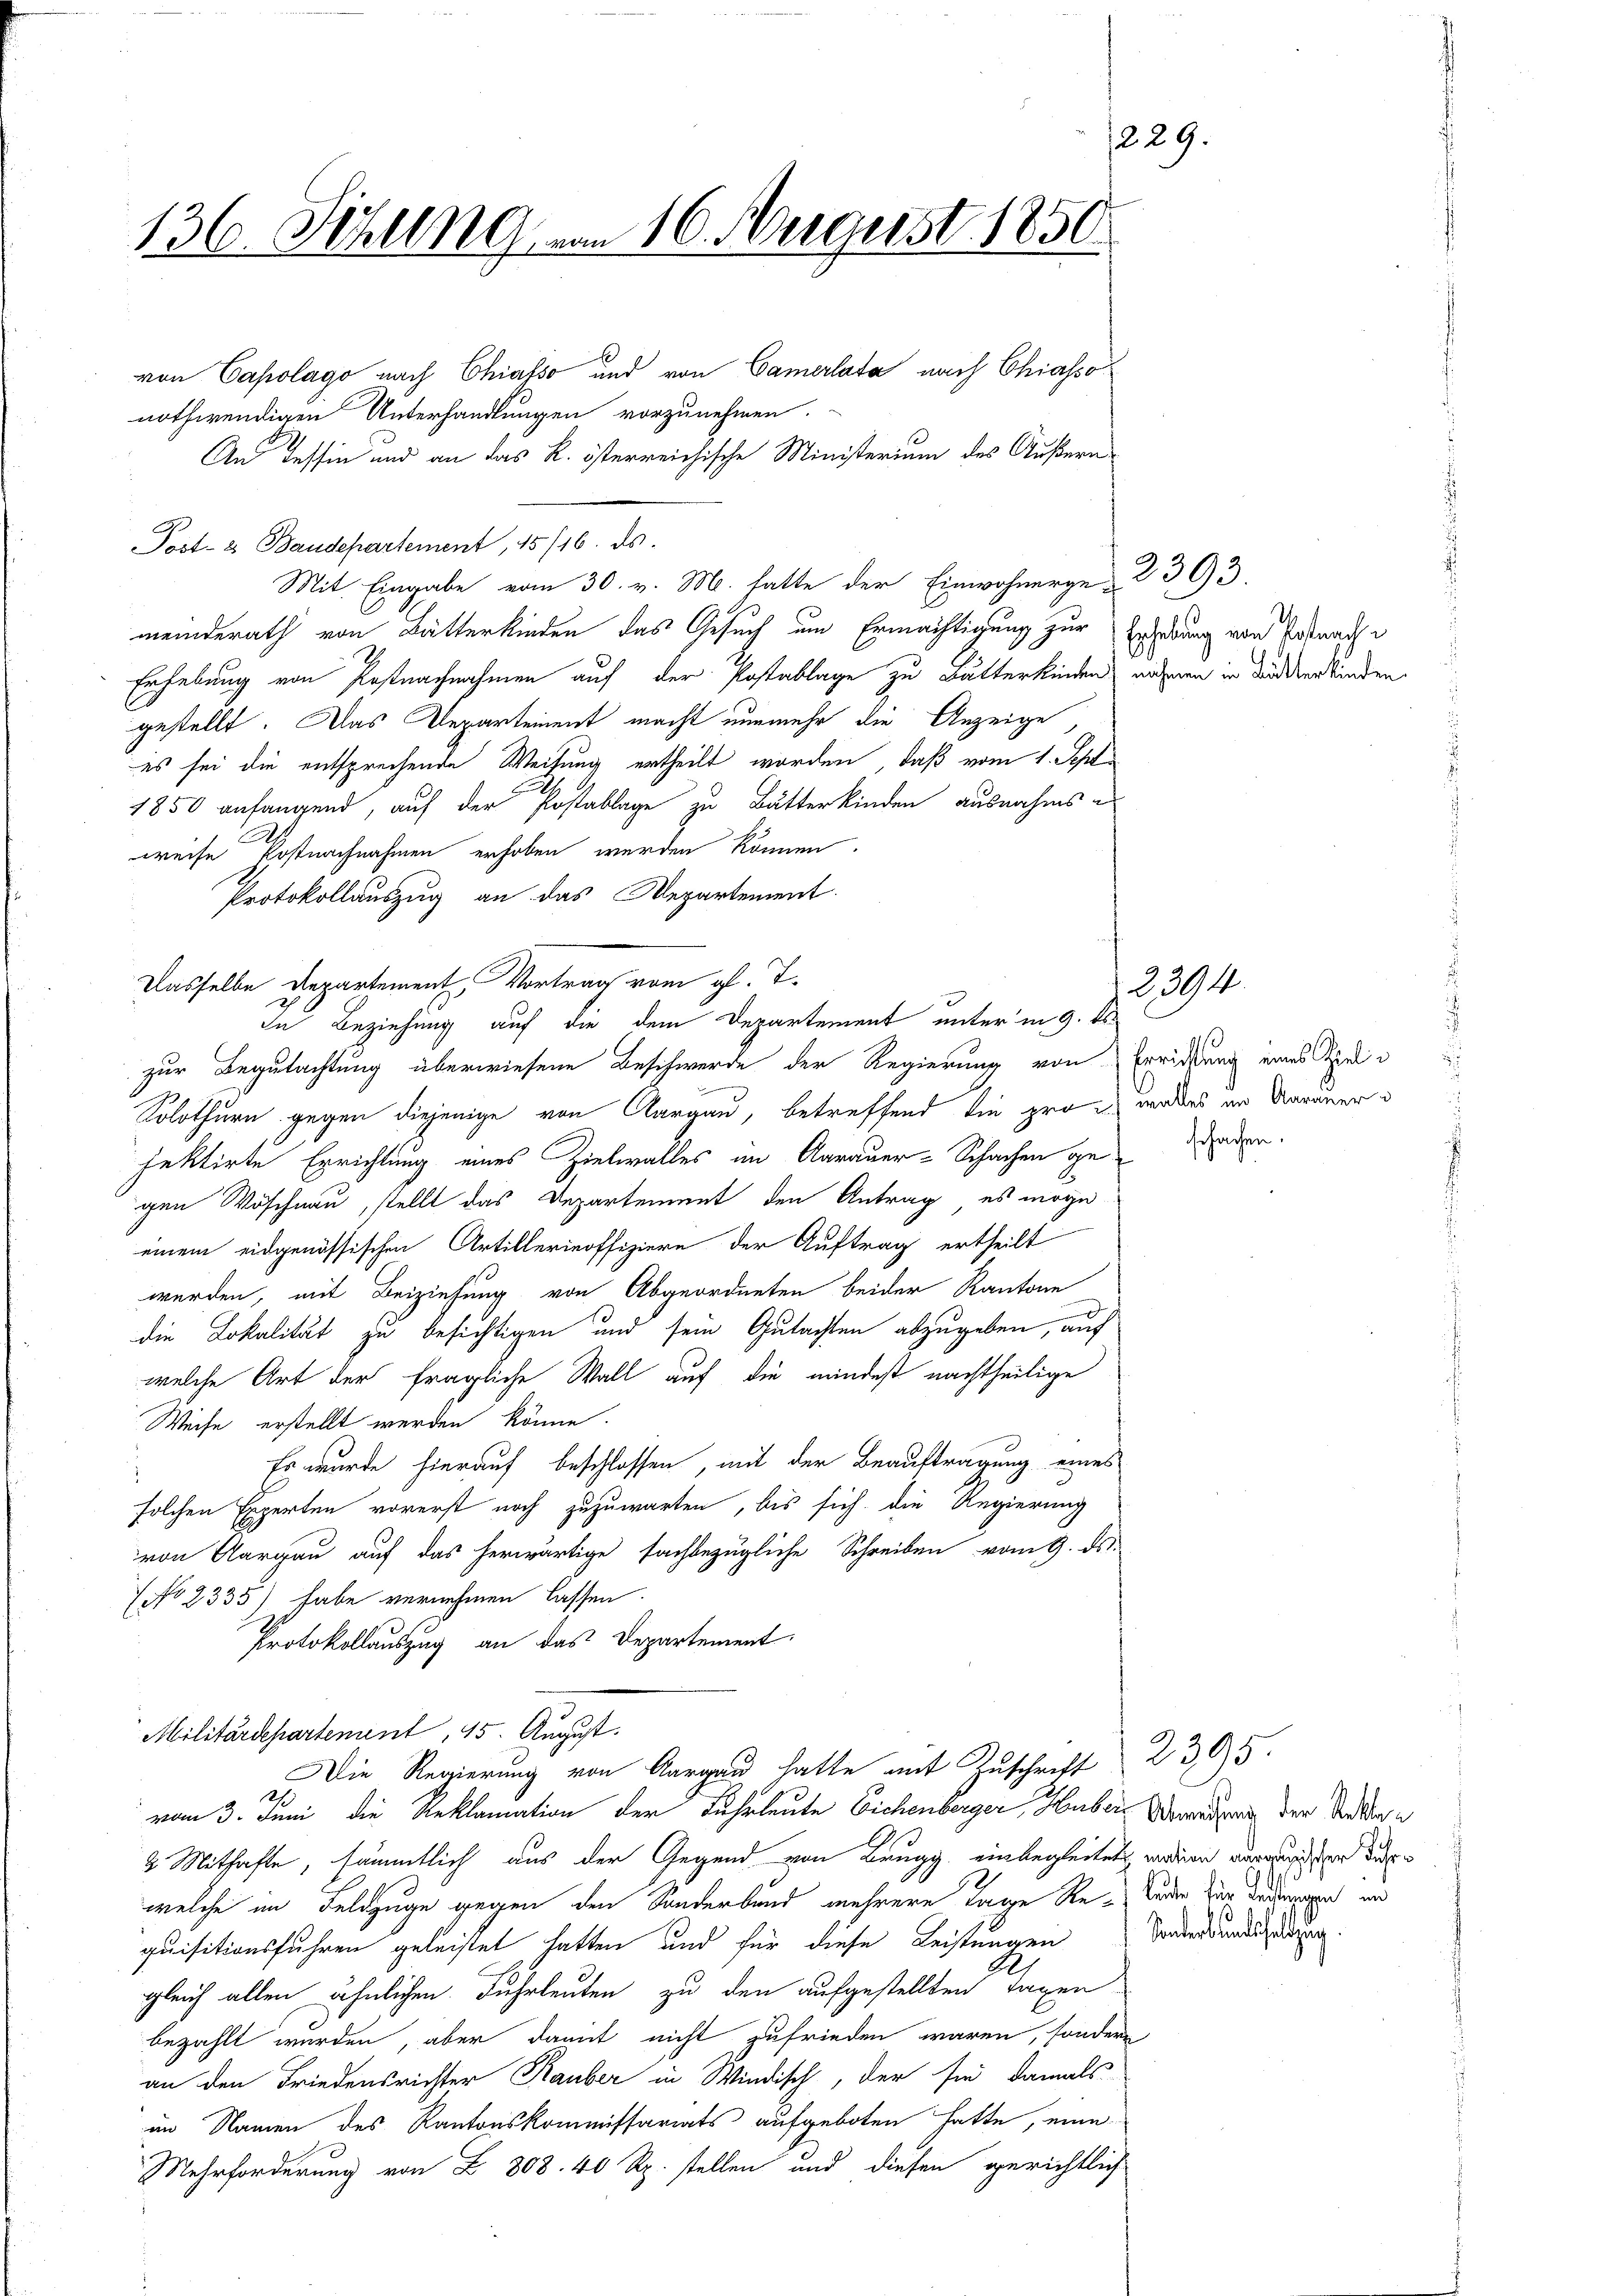
229
136. Jezung von 16. ergerst 1850

nothwendigen Unterhandlungen vorzunehmen.
An Tessin und an das k. österreichische Ministerium des Äußern
Post- u Baudepartement, 15/16. ds.
Mit Eingabe vom 30. v. M. hatte der Einwohnergemeinderath von Butterkinden das Gesuch um Ermächtigung zur Erleidung von Postnach e
Erhebung von Postnachnahmen auf der Postablage zu Butterkinden nähmen in dadkerkinden
gestellt. Das Departement macht nunmehr die Anzeige
es sei die entsprechende Weisung ertheilt worden, daß vom 1. Sept.
1850 anfangend, auf der Postablage zu Butterkinden ausnahmsweise Postnachnahmen erhoben werden können.
Protokollauszug an das Departement.
Solothurn gegen diejenige von Aargau, betreffend die pro in wordes in Aarauer d
jektirte Errichtung eines Zielwalles an Aarauer-Schachen gegen Wöschnau, stellt das Departement den Antrag es möge
einem eidgenössischen Artillerinoffiziere der Auftrag ertheilt
werden, mit Beiziehung von Abgeordneten beider Kantone
die Lokalität zu besichtigen und sein Gutachten abzugeben, auf
welche Art der fragliche Wall auf die mindest nachtheilige
Weise erstellt werden könne.
Es wurde hierauf beschlossen, mit der Beauftragung eines
solchen Experten vorerst noch zuzuwarten, bis sich die Regierung
von Aargau auf das herwärtige sachbezügliche Schreiben vom 9. ds.
No 2335) habe vernehmen lassen.
Protokollauszug an das Departement
Militärdepartement, 45. August.
Die Regierung von Aargau hatte mit Zuschrift 2305.
vom 3. Juni die Reklamation der Fuhrleute Eichenberger, Huber Veredung der Sondere
2 Mithafte, sämmtlich aus der Gegend von Brugg, einbegleitet nation vergundern derwelche im Feldzuge gegen den Sonderbund mehrere Tage Re-Laden zur Bedenen und
quisitionsfuhren geleistet hatten und für diese Leistungen
gleich allen ähnlichen Fuhrleuten zu den aufgestellten Tagen
bezahlt wurden, aber damit nicht zufrieden waren, sondern
an den Friedensrichter Rauber in Windisch, der sie damals
im Namen des Kantonskommissariats aufgeboten hatte, eine
Mehrforderung von § 808. 40 Rp. stellen und diesen gerichtlich

Dasselbe Departement Vortrag vom gl. T.

von Capolago nach Chialso und von Camerlata nach Chiasso

In Beziehung auf die dem Departement unter in 9. ds.
zur Begutachtung überwiesene Beschwerde der Regierung von Erwidung eines Spiel¬

2393.

2394.

schachen.

7
Sonderbundsfeldzug.